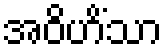
အဝိဟိံသာ